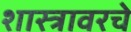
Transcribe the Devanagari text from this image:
शास्त्रावरचे